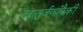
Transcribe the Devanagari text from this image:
चातुर्वणांपैकी